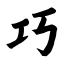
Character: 巧